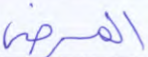
المرضى